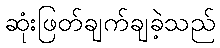
ဆုံးဖြတ်ချက်ချခဲ့သည်